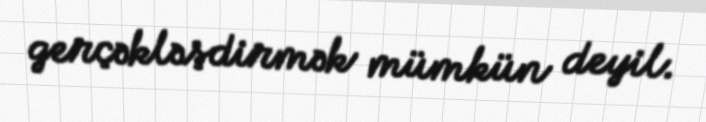
gerçəkləşdirmək mümkün deyil.